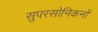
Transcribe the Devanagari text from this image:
सुपरसोनिकनों